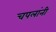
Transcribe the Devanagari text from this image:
चपलांनी